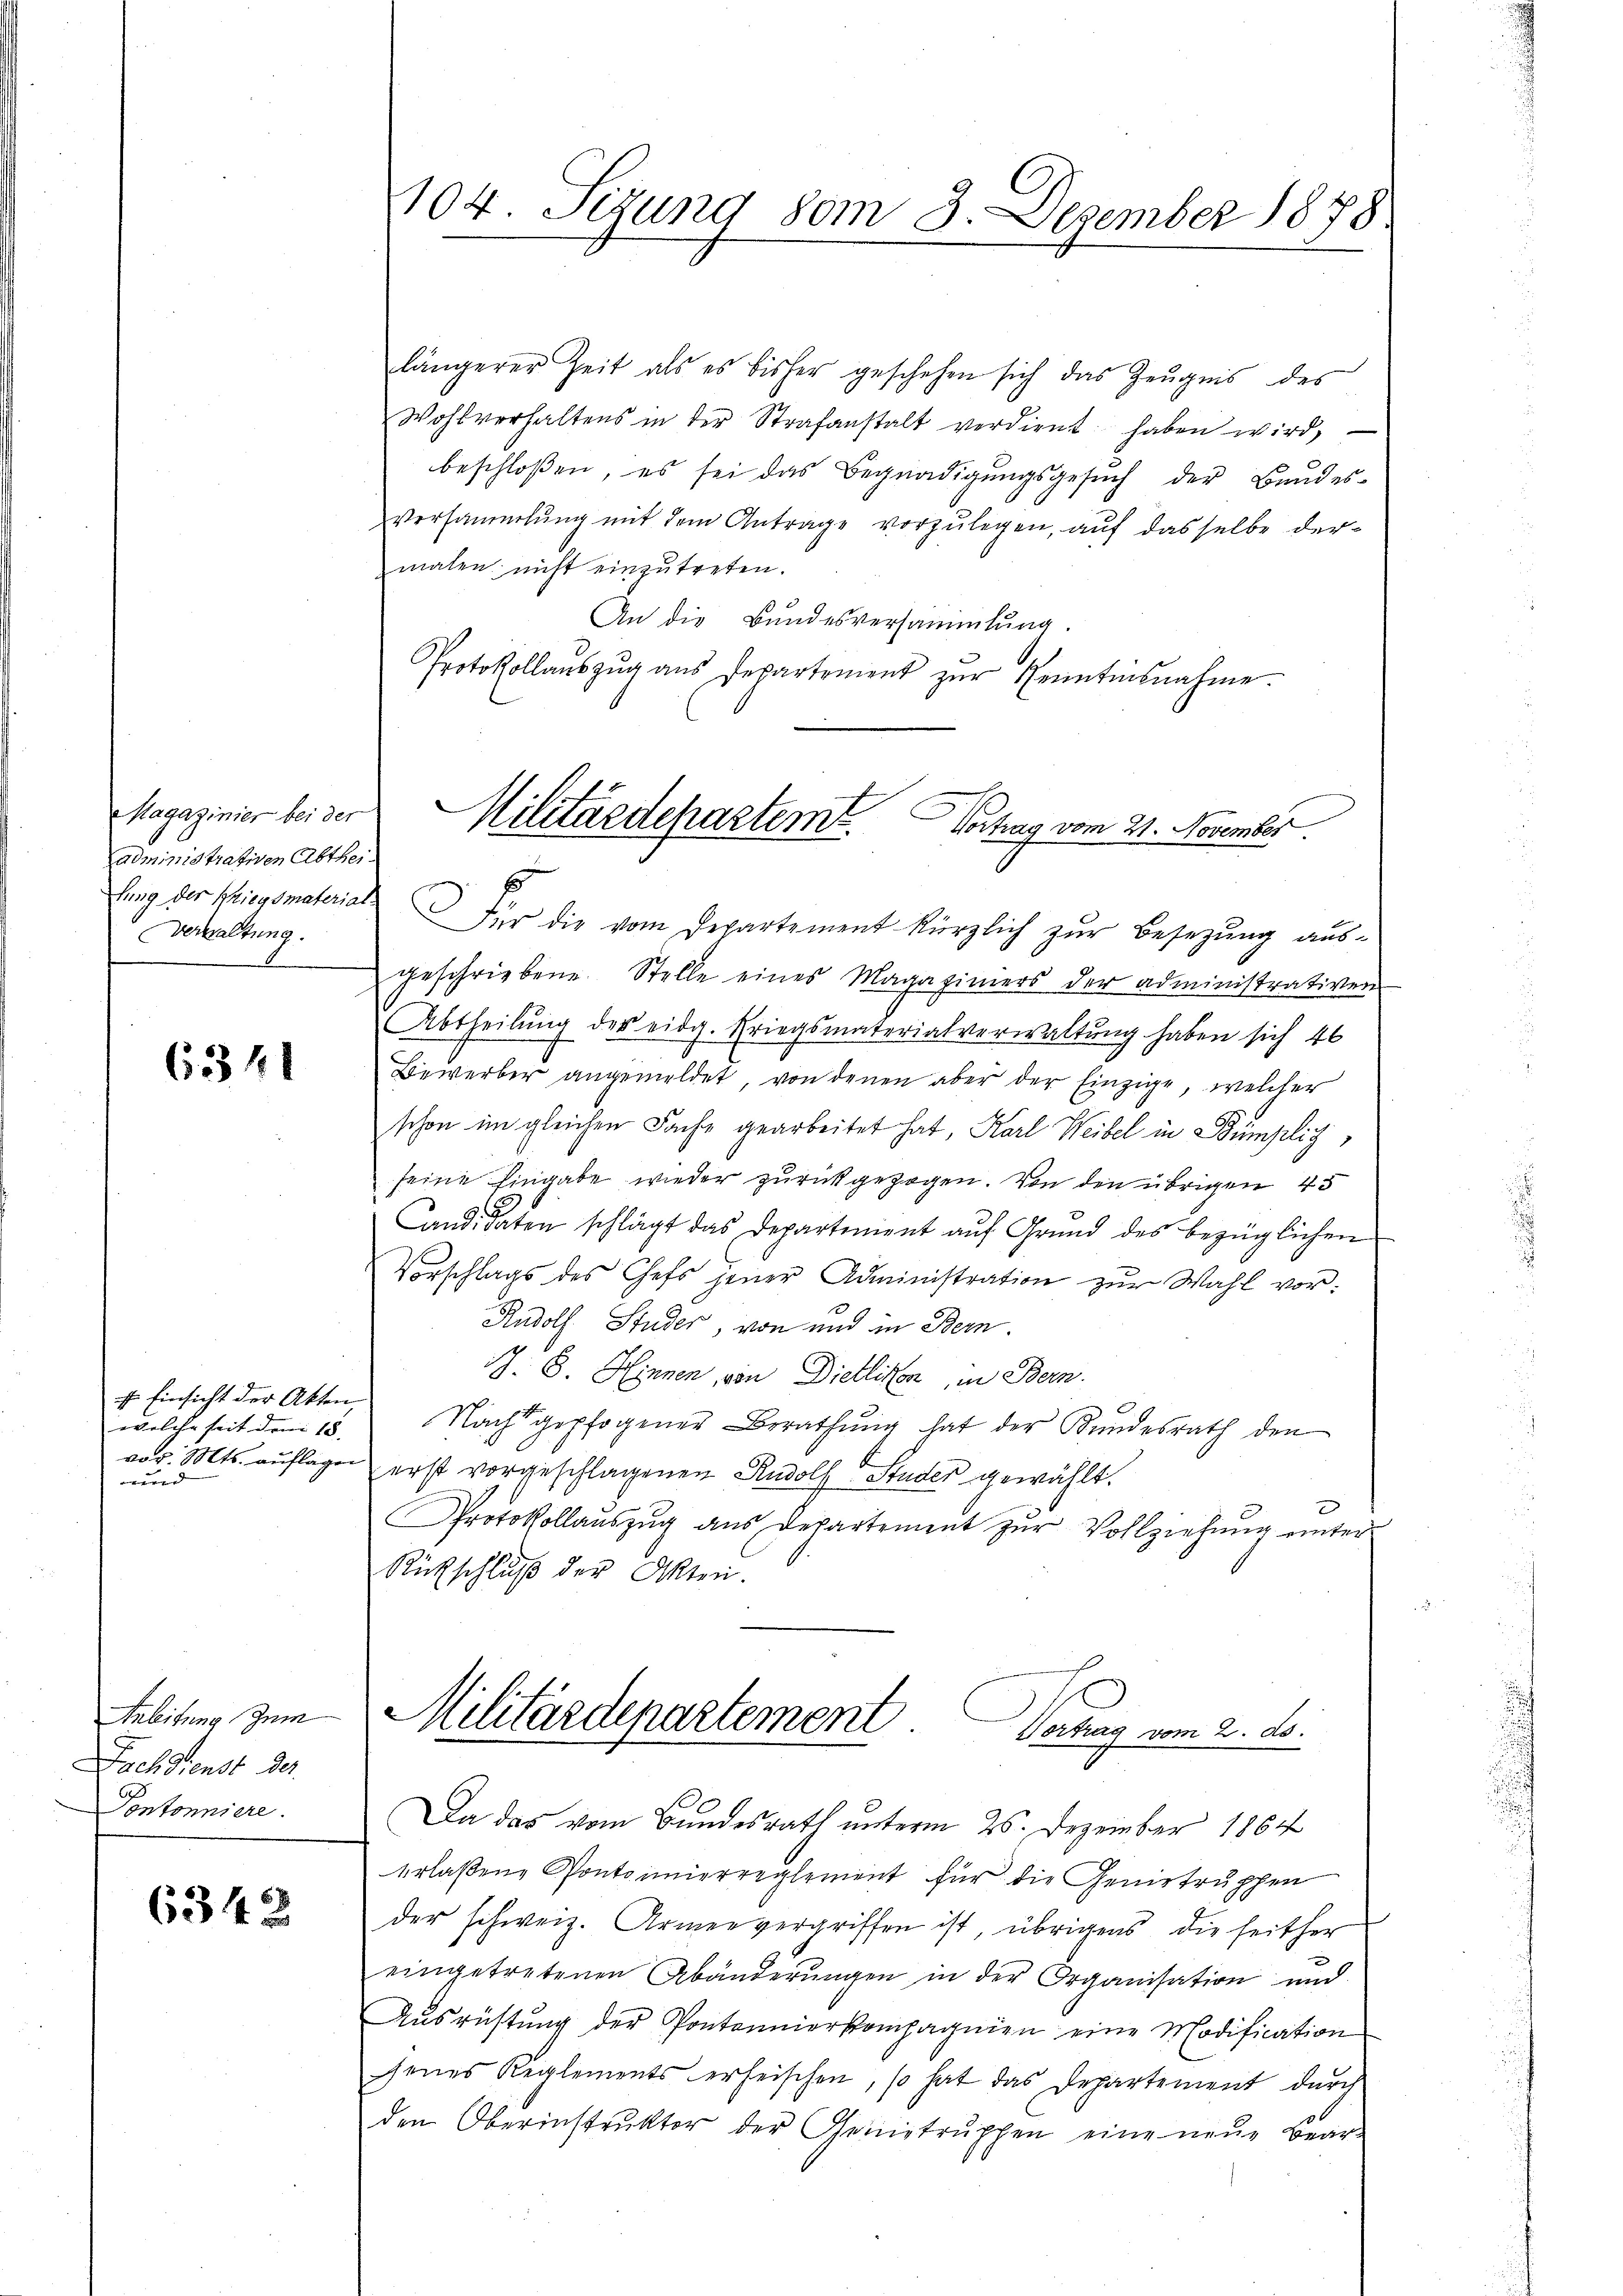
Magazinier bei der
administrativen Abthei¬
Verwaltung.

6341

f Einsicht der Akten.
welche seit dem 15. |
und

Anleitung zum
Fochdienst der
Pontonniere.

6342

längerer Zeit als es bisher geschehen sich das Zeŭgnis des
Wohlverhaltens in der Strafanstalt verdient haben wird,
beschloßen, es sei das Begnadigŭngsgesŭch der Bandes-
Versammlung mit dem Antrage vorzulegen, auf dasselbe dermalen nicht einzŭtreten.
An die Bundesversammlung.
Protokollaŭszŭg ans Departement zŭr Kenntinsnahme.
fung der Kriegsmaterial für die vom Departement kürzlich zŭr Besetzŭng aŭs-
geschriebene Stelle eines Magaziniers der administrativen
Abtheilŭng des eidg. Kriegsmaterialverwaltŭng haben sich 46
Bewerber angemeldet, von denen aber der Einzige, welcher
schon im gleichen Fache gearbeitet hat, Karl Weibel in Bümplich
seine Eingabe wieder zurückgezogen. Von den übrigen 45
Candidaten schlägt das Departinient aŭf Grund des bezüglichen
Vorschlags des Chefs jener Administration zŭr Wahl vor:
Rudolf Studer, von und in Bern.
J. 8. Hennen, von Dietlikon, in Bern.
Nach gepfogener Berathŭng hat der Kundesrath den
vor. Mts. auflagen erst vorgeschlagenen Rudolf Studer gewählt.
2
Protokollauszug aus Departement zur Vollziehung unter
Rückschluß der Akten.
Militärdepartement
Vortrag vom 2. ds.
Da das vom Bundesrath unterm 25. Dezember 1864
erlaßene Pontoinierreglement für die Genertruphen
der schweiz. Armenvergriffen ist, übrigens, die seither
eingetretenen Abänderŭngen in der Organisation und
Aŭsrüstŭng der Pontonnierkompagnien eine Modification
jenes Reglements erheischen, so hat das Departement dŭrch
den Oberinstrŭktor der Genetrŭppen eine neŭe Baar

104. Sizung vom 3. Dezember 1878.

Militärdepartemt. Vertrag vom 21. November
s